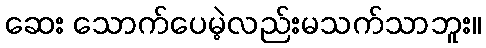
ဆေး သောက်ပေမဲ့လည်းမသက်သာဘူး။